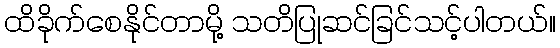
ထိခိုက်စေနိုင်တာမို့ သတိပြုဆင်ခြင်သင့်ပါတယ်။